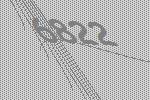
6822